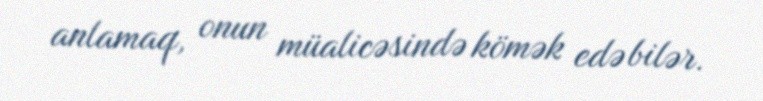
anlamaq, onun müalicəsində kömək edə bilər.